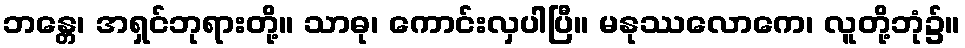
ဘန္တေ၊ အရှင်ဘုရားတို့။ သာဓု၊ ကောင်းလှပါပြီ။ မနုဿလောကေ၊ လူတို့ဘုံ၌။